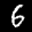
Label: 6